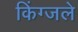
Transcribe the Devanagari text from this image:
किंग्जले